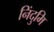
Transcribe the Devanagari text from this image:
निंदुमि